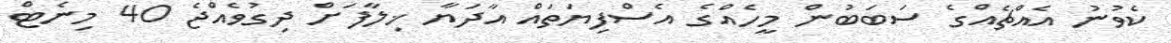
ކެވުނު އެއްޗެއްގެ ސަބަބުން މީހެއްގެ އެސްފިޔަތައް އާދަޔާ ޚިލާފަށް ދިގުވެއްޖެ 40 މިނެޓް